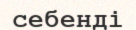
себенді